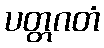
ပတ္တဂတံ